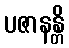
ပဇာနန္တိ